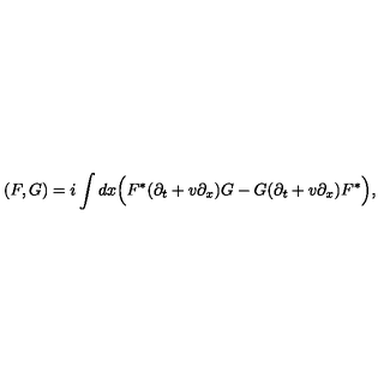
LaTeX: ( F , G ) = i \int d x \Bigl ( F ^ { * } ( \partial _ { t } + v \partial _ { x } ) G - G ( \partial _ { t } + v \partial _ { x } ) F ^ { * } \Bigr ) ,